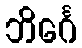
ဘိင်္ဂေ